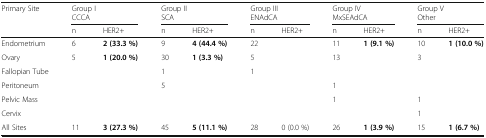
<table><thead><tr><td rowspan="2"><b>Primary Site</b></td><td colspan="2"><b>Group I</b></td><td colspan="2"><b>Group II</b></td><td colspan="2"><b>Group III</b></td><td colspan="2"><b>Group IV</b></td><td colspan="2"><b>Group V</b></td></tr><tr><td colspan="2"><b>CCCA</b></td><td colspan="2"><b>SCA</b></td><td colspan="2"><b>ENAdCA</b></td><td colspan="2"><b>MxSEAdCA</b></td><td colspan="2"><b>Other</b></td></tr><tr><td></td><td><b>n</b></td><td><b>HER2+</b></td><td><b>n</b></td><td><b>HER2+</b></td><td><b>n</b></td><td><b>HER2+</b></td><td><b>n</b></td><td><b>HER2+</b></td><td><b>n</b></td><td><b>HER2+</b></td></tr></thead><tbody><tr><td>Endometrium</td><td>6</td><td><b>2 (33.3 %)</b></td><td>9</td><td><b>4 (44.4 %)</b></td><td>22</td><td></td><td>11</td><td><b>1 (9.1 %)</b></td><td>10</td><td><b>1 (10.0 %)</b></td></tr><tr><td>Ovary</td><td>5</td><td><b>1 (20.0 %)</b></td><td>30</td><td><b>1 (3.3 %)</b></td><td>5</td><td></td><td>13</td><td></td><td>3</td><td></td></tr><tr><td>Fallopian Tube</td><td></td><td></td><td>1</td><td></td><td>1</td><td></td><td></td><td></td><td></td><td></td></tr><tr><td>Peritoneum</td><td></td><td></td><td>5</td><td></td><td></td><td></td><td>1</td><td></td><td></td><td></td></tr><tr><td>Pelvic Mass</td><td></td><td></td><td></td><td></td><td></td><td></td><td>1</td><td></td><td>1</td><td></td></tr><tr><td>Cervix</td><td></td><td></td><td></td><td></td><td></td><td></td><td></td><td></td><td>1</td><td></td></tr><tr><td>All Sites</td><td>11</td><td><b>3 (27.3 %)</b></td><td>45</td><td><b>5 (11.1 %)</b></td><td>28</td><td>0 (0.0 %)</td><td>26</td><td><b>1 (3.9 %)</b></td><td>15</td><td><b>1 (6.7 %)</b></td></tr></tbody></table>